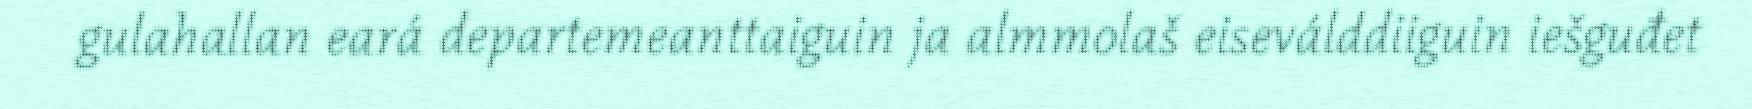
gulahallan eará departemeanttaiguin ja almmolaš eiseválddiiguin iešguđet